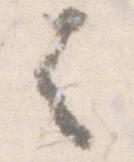
者